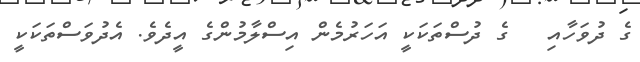
ގެ ދުވަހާއި   ގެ ދުސްތަކަކީ އަހަރުމެން އިސްލާމުންގެ އީދެވެ. އެދުވަސްތަކަކީ